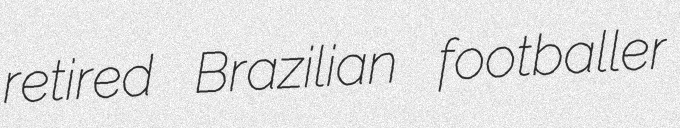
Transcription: retired Brazilian footballer